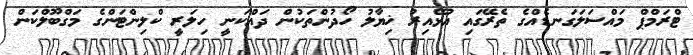
ޓްރަމްޕް މައްސަލަގަނޑެއްގެ ތެރޭގައި އުޅޭއިރު ޚިޔާލު ހޯދުންތަކުން ދައްކަނީ ހިލަރީ ކްލިންޓަންގެ މަގްބޫލްކަން